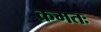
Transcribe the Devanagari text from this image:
क्रमतः